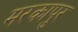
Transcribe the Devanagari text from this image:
मरकापुर